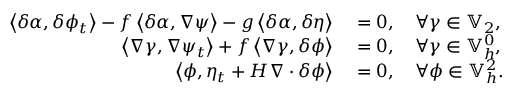
\begin{array} { r l } { \left\langle \delta \alpha , \delta \phi _ { t } \right\rangle - f \left\langle \delta \alpha , \nabla \psi \right\rangle - g \left\langle \delta \alpha , \delta \eta \right\rangle } & { { } = 0 , \quad \forall \gamma \in \mathbb { V } _ { 2 } , } \\ { \left\langle \nabla \gamma , \nabla \psi _ { t } \right\rangle + f \left\langle \nabla \gamma , \delta \phi \right\rangle } & { { } = 0 , \quad \forall \gamma \in \mathbb { V } _ { h } ^ { 0 } , } \\ { \left\langle \phi , \eta _ { t } + H \nabla \cdot \delta \phi \right\rangle } & { { } = 0 , \quad \forall \phi \in \mathbb { V } _ { h } ^ { 2 } . } \end{array}